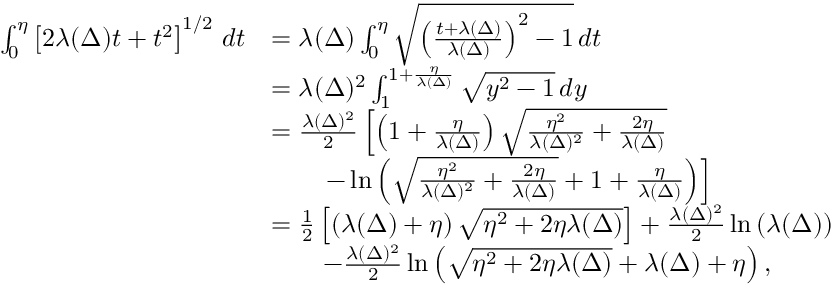
\begin{array} { r l } { \int _ { 0 } ^ { \eta } \left[ 2 \lambda ( \Delta ) t + t ^ { 2 } \right] ^ { 1 / 2 } \, d t } & { = \lambda ( \Delta ) \int _ { 0 } ^ { \eta } \sqrt { \left( \frac { t + \lambda ( \Delta ) } { \lambda ( \Delta ) } \right) ^ { 2 } - 1 } \, d t } \\ & { = \lambda ( \Delta ) ^ { 2 } \int _ { 1 } ^ { 1 + \frac { \eta } { \lambda ( \Delta ) } } \sqrt { y ^ { 2 } - 1 } \, d y } \\ & { = \frac { \lambda ( \Delta ) ^ { 2 } } { 2 } \left[ \left( 1 + \frac { \eta } { \lambda ( \Delta ) } \right) \sqrt { \frac { \eta ^ { 2 } } { \lambda ( \Delta ) ^ { 2 } } + \frac { 2 \eta } { \lambda ( \Delta ) } } \right. } \\ & { \qquad \left. - \ln \left( \sqrt { \frac { \eta ^ { 2 } } { \lambda ( \Delta ) ^ { 2 } } + \frac { 2 \eta } { \lambda ( \Delta ) } } + 1 + \frac { \eta } { \lambda ( \Delta ) } \right) \right] } \\ & { = \frac { 1 } { 2 } \left[ \left( \lambda ( \Delta ) + \eta \right) \sqrt { \eta ^ { 2 } + 2 \eta \lambda ( \Delta ) } \right] + \frac { \lambda ( \Delta ) ^ { 2 } } { 2 } \ln \left( \lambda ( \Delta ) \right) } \\ & { \qquad - \frac { \lambda ( \Delta ) ^ { 2 } } { 2 } \ln \left( \sqrt { \eta ^ { 2 } + 2 \eta \lambda ( \Delta ) } + \lambda ( \Delta ) + \eta \right) , } \end{array}